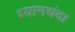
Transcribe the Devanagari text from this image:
ध्यानचंद।